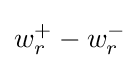
w_{r}^{+}-w_{r}^{-}